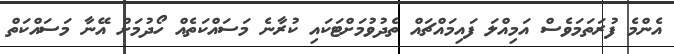
އެންމެ ފުރަތަމަވެސް އަމިއްލަ ފައިމައްޗައް ތެދުވުމަށްޓަކައި ކުރާނެ މަސައްކަތެއް ހޯދުމަށް އޭނާ މަސައްކަތް